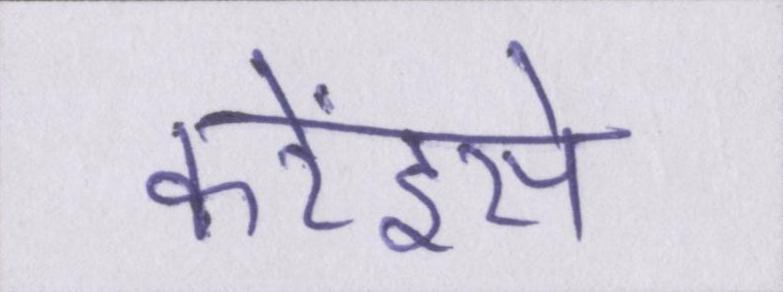
करेंइसे